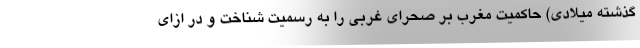
گذشته میلادی) حاکمیت مغرب بر صحرای غربی را به رسمیت شناخت و در ازای